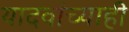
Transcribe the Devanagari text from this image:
यादवांच्याही